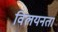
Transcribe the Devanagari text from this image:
विलयनता